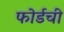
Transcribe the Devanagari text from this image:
फोर्डची